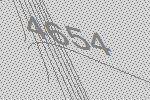
4654